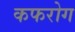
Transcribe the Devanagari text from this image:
कफरोग